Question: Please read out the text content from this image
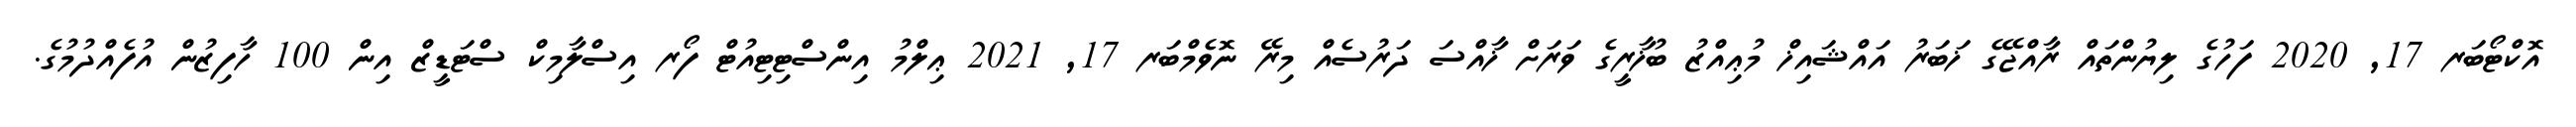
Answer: އޮކްޓޯބަރ 17, 2020 ފަހުގެ ލިޔުންތައް ރާއްޖޭގެ ޚަބަރު އައްޝައިޚް މުޢިއްޒު ބުޚާރީގެ ވަރަށް ޚާއްސަ ދަރުސެއް މިރޭ ނޮވެމްބަރ 17, 2021 ޢިލްމު އިންސްޓިޓިއުޓް ފޯރ އިސްލާމިކް ސްޓަޑީޒް އިން 100 ހާފިޒުން އުފެއްދުމުގެ.